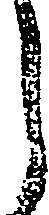
ら